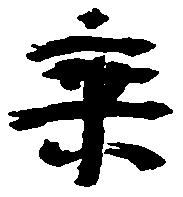
乗